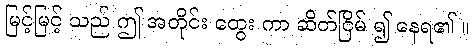
မြင့်မြင့် သည် ဤ အတိုင်း တွေး ကာ ဆိတ်ငြိမ် ၍ နေရ၏ ။